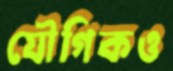
যৌগিকও